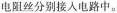
电阻丝分别接入电路中。